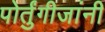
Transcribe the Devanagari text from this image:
पोर्तुंगीजांनी